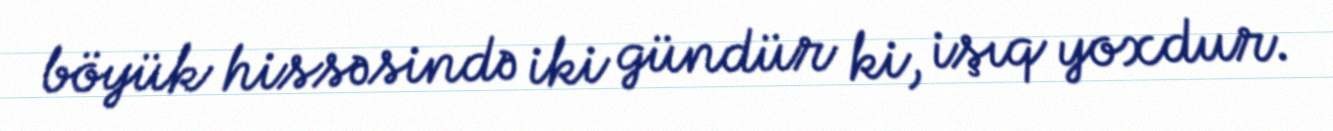
böyük hissəsində iki gündür ki, işıq yoxdur.